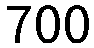
700